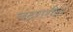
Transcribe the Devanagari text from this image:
चंद्रराशीत